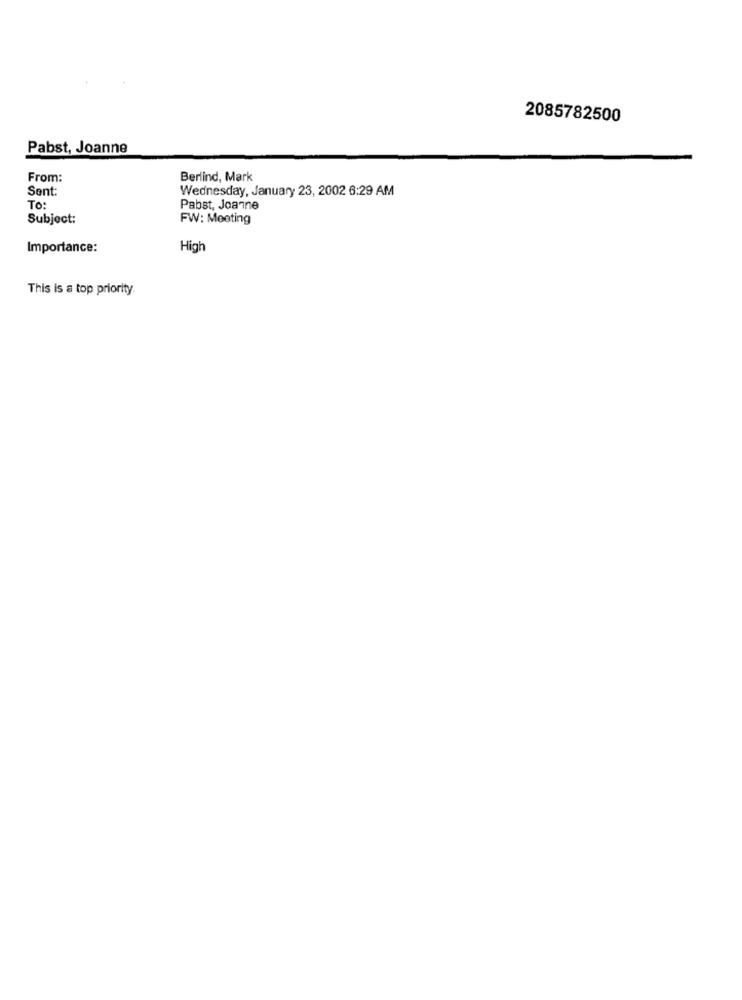
2085782500
Pabst, Joanne
From:
Berlind, Mark
Sent:
Wednesday, January 23, 2002 6:29 AM
To:
Pabst, Joanne
Subject:
FW: Meeting
Importance:
High
This is a top priority.